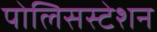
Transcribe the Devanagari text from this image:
पोलिसस्टेशन